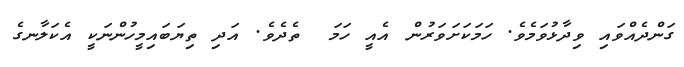
ގަންދެއްވައި ވިދާޅުވަމެވެ. ހަމަކަށަވަރުން އެއީ ހަމަ  ތެދެވެ. އަދި ތިޔަބައިމީހުންނަކީ އެކަލާނގެ